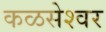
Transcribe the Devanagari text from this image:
कळसेश्वर